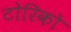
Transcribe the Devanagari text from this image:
टोरिको